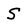
Character: S